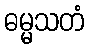
ဓမ္မသတံ